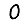
Digit: 0